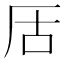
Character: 㕆